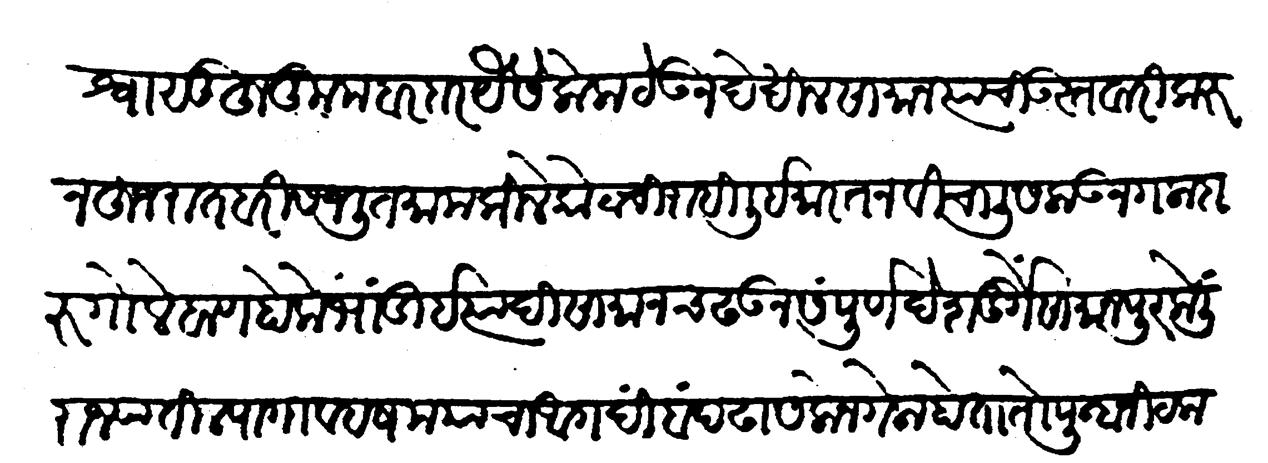
Transliteration (Devanagari): विश्वासू हुकूमबरदार यैसे लोक ठेवून देखील सामान त्यांची उस्तवारी करुन हुजरात बरी समजली तमाम किल्लेकोटांची राहिली इमारत नवी चाळीस लावून गल्ला दारु गोळे बाण होके भांडीं इत्यादि सामान चढवून संपूर्ण देशदुर्गें सामानपूर केलीं राज्यांतील पागा व हशम यांचा बंद आगदी ढासळून गेला होता तो पुन्हा नीट करून